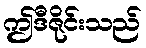
ဤဒီဇိုင်းသည်